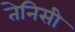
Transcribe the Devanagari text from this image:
तेनिसी